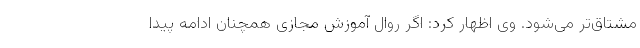
مشتاق‌تر می‌شود. وی اظهار کرد: اگر روال آموزش مجازی همچنان ادامه پیدا